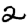
Digit: 2